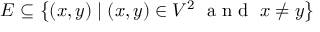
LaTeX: E \subseteq \left\{ ( x , y ) \mid ( x , y ) \in V ^ { 2 } \; { \textrm { a n d } } \; x \neq y \right\}